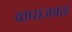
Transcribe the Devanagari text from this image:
वाघाजवळ